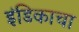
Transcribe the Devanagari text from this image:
इंडिकाचा